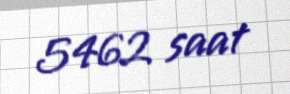
5462 saat